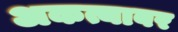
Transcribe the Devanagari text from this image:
अकत्याबर